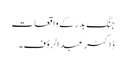
جنگِ بدر کے واقعات
ڈاکٹر عبدالرؤف ۔